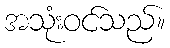
အသုံးဝင်သည်။